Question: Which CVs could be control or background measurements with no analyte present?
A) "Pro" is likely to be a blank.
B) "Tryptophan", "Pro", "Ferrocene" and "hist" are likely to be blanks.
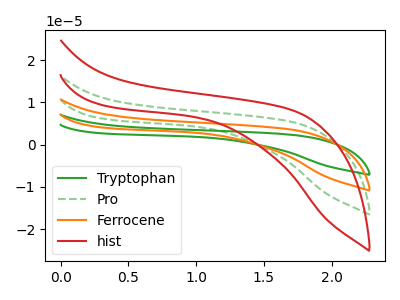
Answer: <think>The green curve "Tryptophan" has no peaks. The green dashed curve "Pro" has no peaks. The orange curve "Ferrocene" has no peaks. The red curve "hist" has no peaks.</think>
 <answer>B) "Tryptophan", "Pro", "Ferrocene" and "hist" are likely to be blanks.</answer>
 <eval>B</eval>